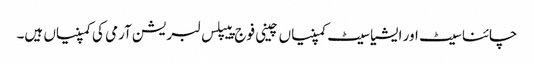
چائنا سیٹ اور ایشیا سیٹ کمپنیاں چینی فوج پیپلس لبریشن آرمی کی کمپنیاں ہیں۔